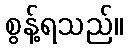
စွန့်ရသည်။